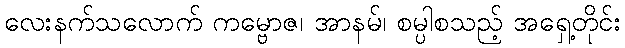
လေးနက်သလောက် ကမ္ဗောဇ၊ အာနမ်၊ စမ္ပါစသည့် အရှေ့တိုင်း